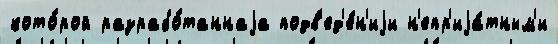
кото́рой разрабо́таннаjа подв'ед'е́н'иjи н'епр'иjа́тным'и